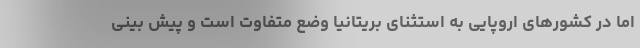
اما در کشورهای اروپایی به استثنای بریتانیا وضع متفاوت است و پیش بینی